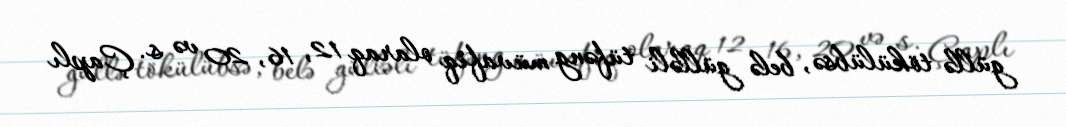
güllə tökülübsə, belə gülləli tüfəng müvafiq olaraq 12, 16, 20 və s. Çaplı